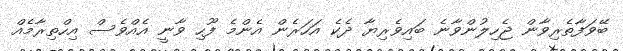
ބޭވަފާތެރިވާން ޖެހިލުންވާނެ ބައިވެރިޔާ ދެކެ އަހަރެން އެންމެ ފޫހި ވާނީ އެއްވެސް އިހްތިރާމެއް